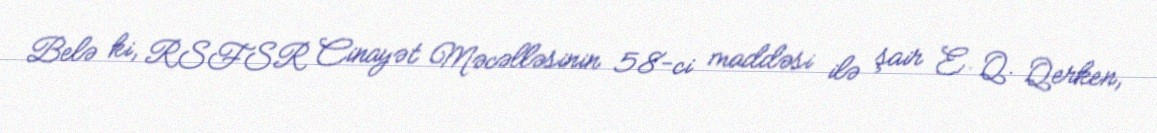
Belə ki, RSFSR Cinayət Məcəlləsinin 58-ci maddəsi ilə şair E. Q. Qerken,